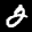
Label: 2